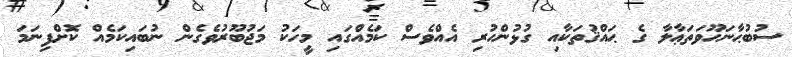
ސުބުޙާނަހޫވަތަޢާލާ ގެ ޙައްޤުތަކާއި ގުޅުންހުރި އެއްވެސް ކަމެއްގައި މީހަކު މަޖުބޫރުވެގެން ނުބައިކަމެއް ކޮށްފިނަމަ